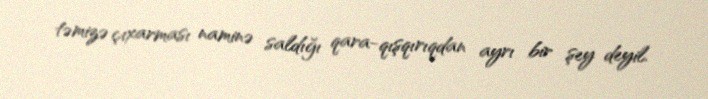
təmizə çıxarması naminə saldığı qara-qışqırıqdan ayrı bir şey deyil.